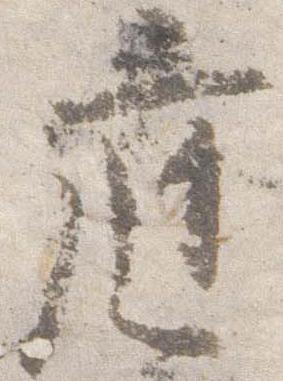
庭